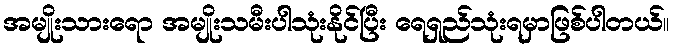
အမျိုးသားရော အမျိုးသမီးပါသုံးနိုင်ပြီး ရေရှည်သုံးရမှာဖြစ်ပါတယ်။